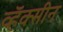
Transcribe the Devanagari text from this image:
व्हॅक्सीन